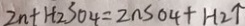
Z n + H _ { 2 } S O _ { 4 } = Z n S O _ { 4 } + H _ { 2 } \uparrow